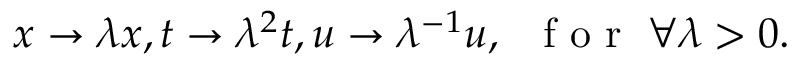
x \to \lambda x , t \to \lambda ^ { 2 } t , u \to \lambda ^ { - 1 } u , \; \; \mathrm { ~ f ~ o ~ r ~ } \; \forall \lambda > 0 .